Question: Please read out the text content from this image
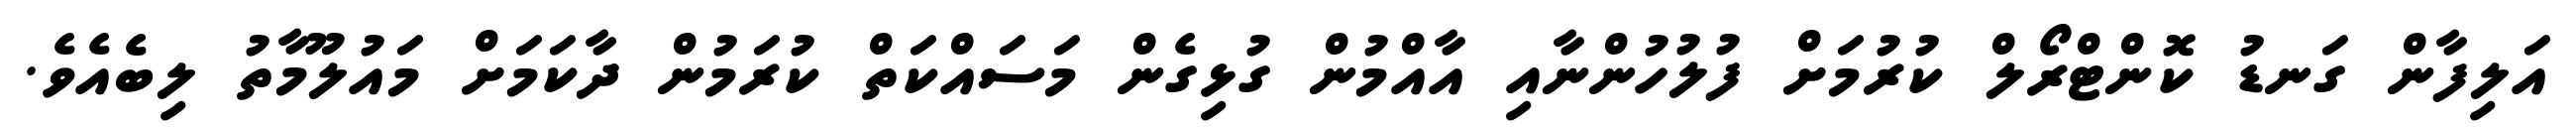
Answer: އަލިފާން ގަނޑު ކޮންޓްރޯލް ކުރުމަށް ފުލުހުންނާއި އާއްމުން ގުޅިގެން މަސައްކަތް ކުރަމުން ދާކަމަށް މައުލޫމާތު ލިބެއެވެ.